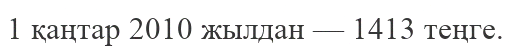
1 қаңтар 2010 жылдан — 1413 теңге.